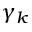
\gamma _ { k }